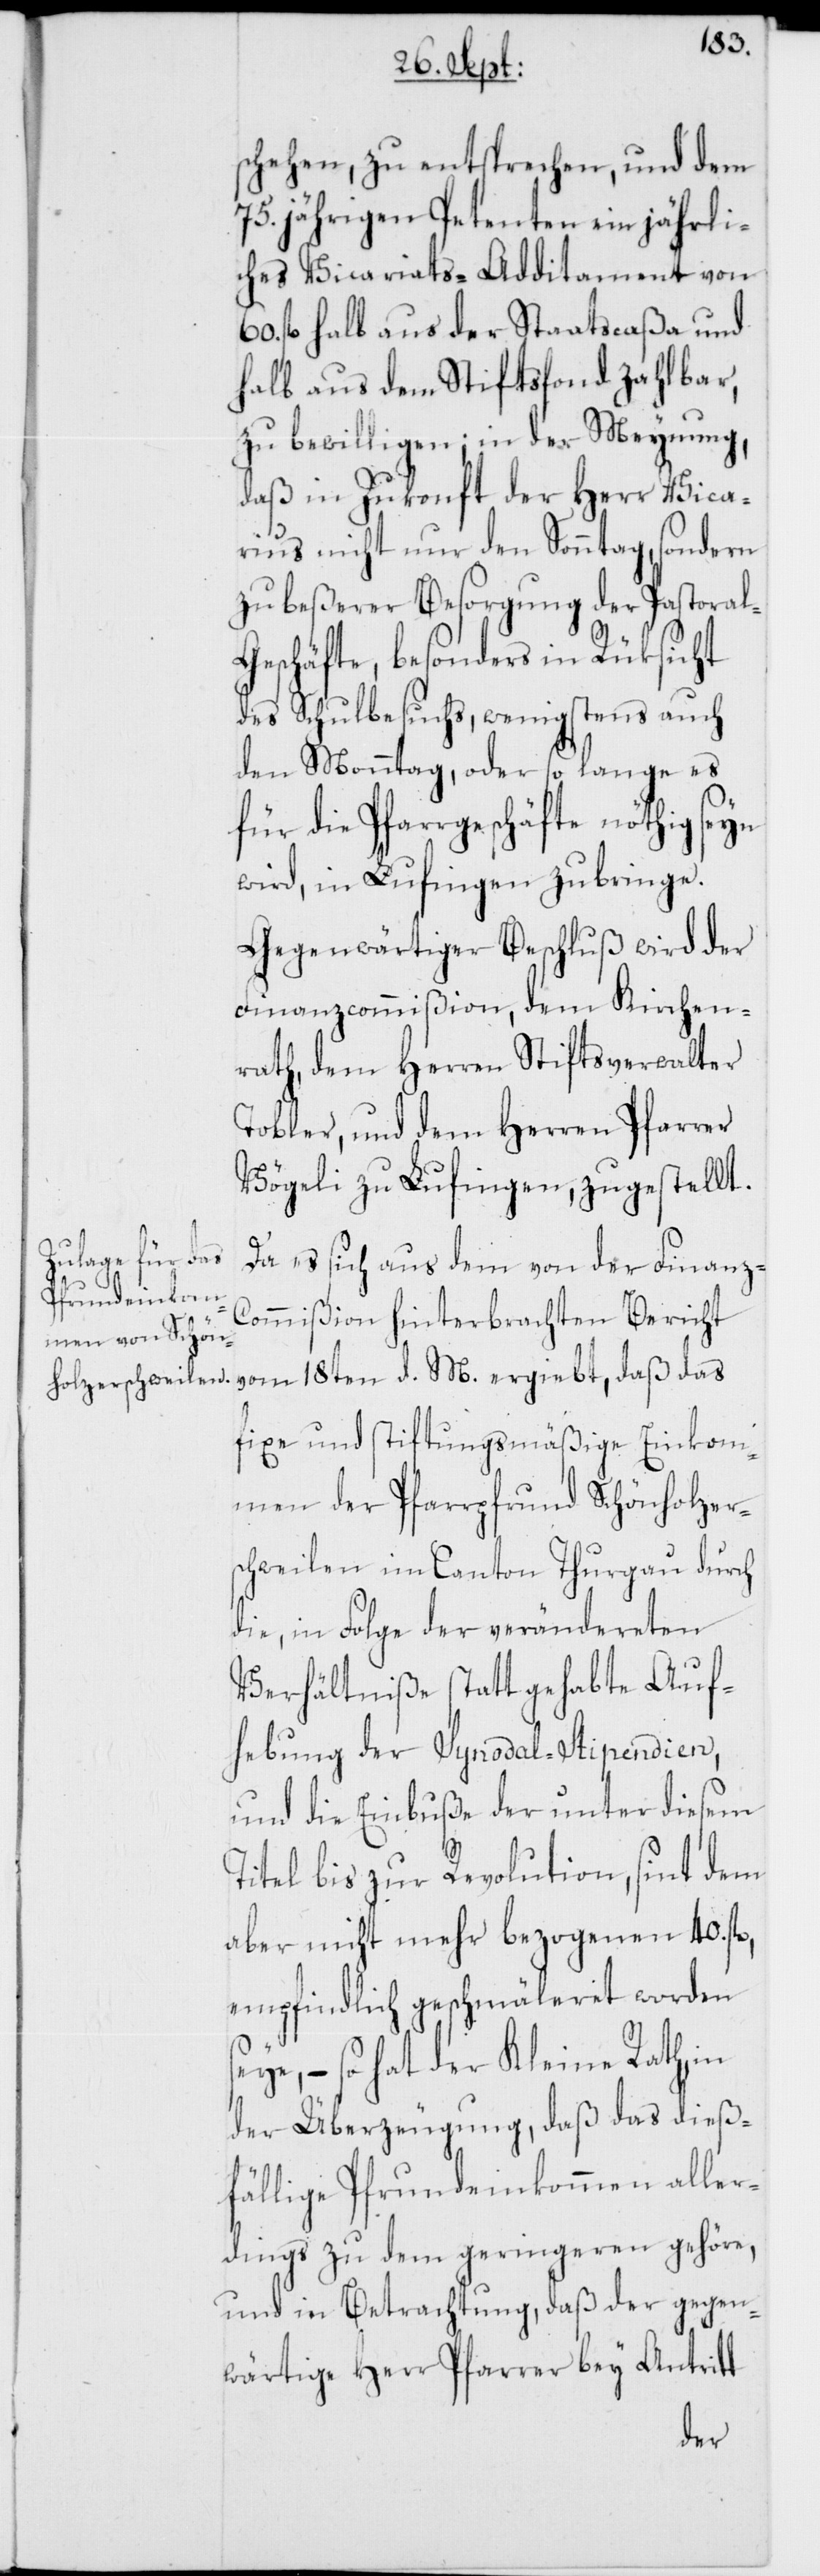
s¬

schehen, zu entsprechen, und dem
75. jährigen Petenten ein jährli¬
ches Vicariats-Additament von
fl. halb aus der Staatscaßa und
halb aus dem Stiftsfonds zahlbar,
zu bewilligen; in der Meynung,
daß in Zukonft der Herr Vica¬
rius nicht nur den Sonntag, sondern
zu beßerer Besorgung der Pastoral-G¬
eschäfte, besonders in Rüksicht
des Schulbesuchs, wenigstens auch
den Monntag, oder so lange es
für die Pfarrgeschäfte nöthig seyn
wird, in Lufingen zubringe.
Gegenwärtiger Beschluß wird der
Finanzcommißion, dem Kirchen¬
rath, dem Herren Stiftsverwalter
Tobler, und dem Herren Pfarrer
Vögeli zu Lufingen, zugestellt.
Da es sich aus dem von der Finanz-C¬
ommißion hinterbrachten Bericht
vom 18ten d. M. ergiebt, daß das
fixe und stiftungsmäßige Einkom¬
men der Pfarrpfrund Schönholzers¬
chweilen im Canton Thurgau durch
die, in Folge der verändereten
Verhältniße statt gehabte Auf¬
hebung der Synodal-Stipendien,
und die Einbuße der unter diesem
Titel bis zur Revolution, sint dem
aber nicht mehr bezogenen 40. fl.,
empfindlich geschmäleret worden
eye, – so hat der Kleine Rath, in
der Überzeugung, daß das dieß¬
fällige Pfrundeinkommen aller¬
dings zu dem geringeren gehöre,
und in Betrachtung, daß der gegen¬
wärtige Herr Pfarrer bey Antritt